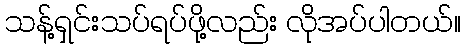
သန့်ရှင်းသပ်ရပ်ဖို့လည်း လိုအပ်ပါတယ်။